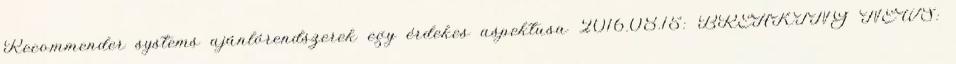
Recommender systems ajánlórendszerek egy érdekes aspektusa 2016.08.15: BREAKING NEWS: